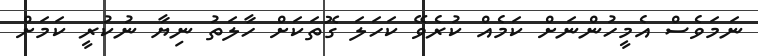
ނަމަވެސް އެމީހުންނަށް ކަމެއް ކުރެވޭ ކަހަލަ ގޮތަކަށް ހާލަތު ނިޔާ ނުކުރީ ކަމަށް